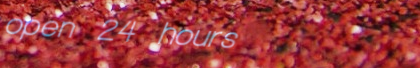
open 24 hours